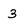
Character: 3